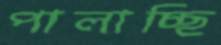
পালাচ্ছি